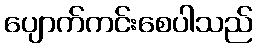
ပျောက်ကင်းစေပါသည်